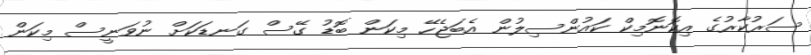
ސަރުކާރުގެ އިކޮނޮމިކް ކައުންސިލުން އެބަޖެހޭ މިކަން ބޮޑު ގޭސް ގަނޑަކަށް ނުވަނީސް މިކަން